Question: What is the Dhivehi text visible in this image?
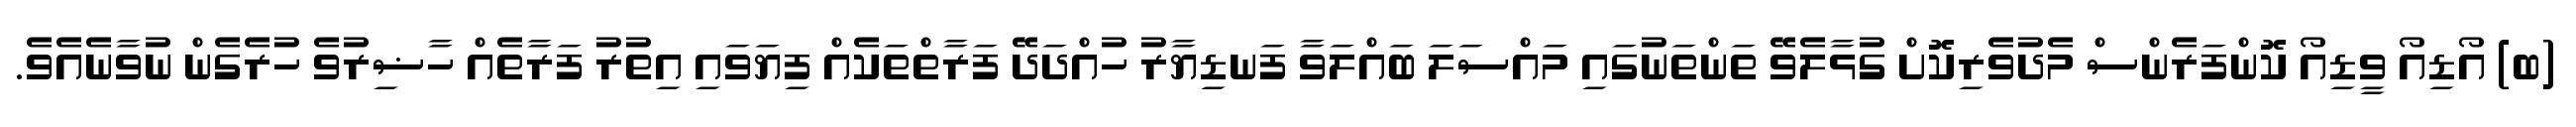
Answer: (ބ) އޯޑިއޯ ވީޑިއޯ ކޮންފަރެންސް މެދުވެރިކޮށް ގުޅާލެވޭ ތަންތަނުގައި މައްސަލަ ބައްލަވާ ފަނޑިޔާރު ހުއްދަދޭ ފަރާތްތަކެއް ފިޔަވައި އިތުރު ފަރާތެއް ހާޟިރުވެ ހުރެގެން ނުވާނެއެވެ.